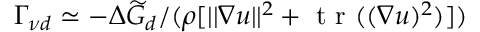
\Gamma _ { \nu d } \simeq - \Delta \widetilde { G } _ { d } / ( \rho [ | | \nabla \boldsymbol { u } | | ^ { 2 } + \mathrm { ~ t ~ r ~ } ( ( \nabla \boldsymbol { u } ) ^ { 2 } ) ] )